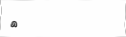
٩